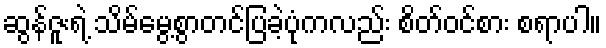
ဆွန်ဇူးရဲ့ သိမ်မွေ့စွာတင်ပြခဲ့ပုံကလည်း စိတ်ဝင်စား စရာပါ။